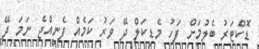
ޑޮކްޓަރު ބެލުމަށް ފަހު މެޑިކަލް ދޭ ވަރު ކަމެއް ފެނިއްޖެ ނަމަ ދޭ